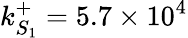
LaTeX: k_{S_{1}}^{+}=5.7\times 10^{4}